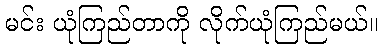
မင်း ယုံကြည်တာကို လိုက်ယုံကြည်မယ်။